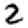
Digit: 2